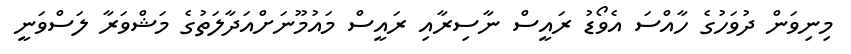
މިނިވަން ދުވަހުގެ ހާއްސަ އެވޯޑު ރައީސް ނާސިރާއި ރައީސް މައުމޫނަށްއަދާލަތުގެ މަޝްވަރާ ލަސްވަނީ